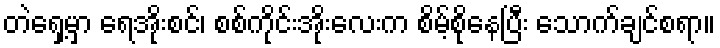
တဲရှေ့မှာ ရေအိုးစင်၊ စစ်ကိုင်းအိုးလေးက စိမ့်စိုနေပြီး သောက်ချင်စရာ။